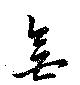
無